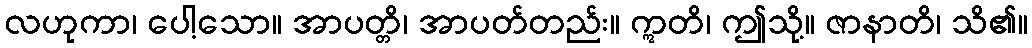
လဟုကာ၊ ပေါ့သော။ အာပတ္တိ၊ အာပတ်တည်း။ ဣတိ၊ ဤသို့။ ဇာနာတိ၊ သိ၏။